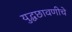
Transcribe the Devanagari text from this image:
युद्धछावणीचे